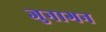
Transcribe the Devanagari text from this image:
जुनागन